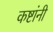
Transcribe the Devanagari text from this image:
कष्टांनी